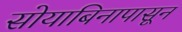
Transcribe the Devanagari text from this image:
सोयाबिनापासून